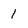
Character: 1